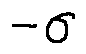
- \sigma